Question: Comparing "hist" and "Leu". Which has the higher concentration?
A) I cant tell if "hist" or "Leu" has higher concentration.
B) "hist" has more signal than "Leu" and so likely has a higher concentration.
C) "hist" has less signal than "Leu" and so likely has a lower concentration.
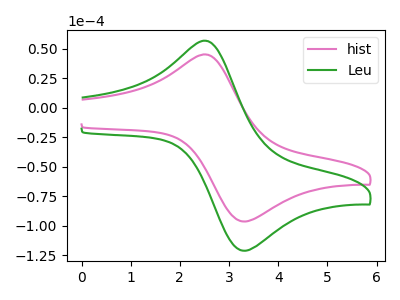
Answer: <think>The pink curve "hist" has an anodic peak at (2.60V, 44.75uA) and a cathodic peak at (3.35V, -96.45uA). The green curve "Leu" has an anodic peak at (2.60V, 56.20uA) and a cathodic peak at (3.35V, -121.25uA).
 All the peaks in "hist" have a peak in "Leu" at the same potential. Every peak in "hist" is lower than every peak in "Leu".</think>
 <answer>C) "hist" has less signal than "Leu" and so likely has a lower concentration.</answer>
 <eval>C</eval>